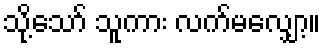
သို့သော် သူကား လက်မလျှော့။